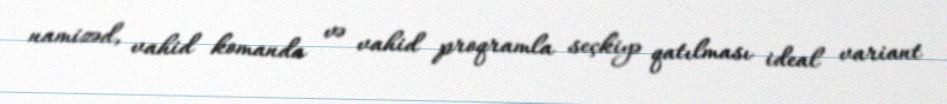
namizəd, vahid komanda və vahid proqramla seçkiyə qatılması ideal variant